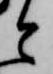
と